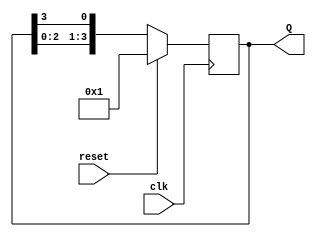
`timescale 1ns / 1ps
module Ring_Counter(clk,reset,Q);
//4-bit input for a 4-bit ring counter
input clk,reset;
output [3:0] Q;

reg [3:0] tmp;
always @(posedge clk)
begin 
if(reset)
tmp<=4'b0001;
else 
tmp<= {tmp[2:0], tmp[3]};
end

assign Q= tmp;
endmodule